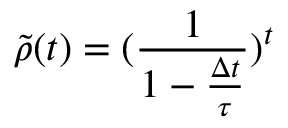
\Tilde { \rho } ( t ) = ( \frac { 1 } { 1 - \frac { \Delta t } { \tau } } ) ^ { t }